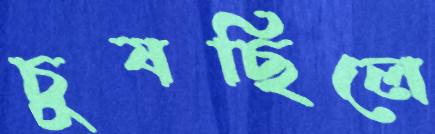
চুষছিলে